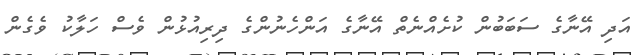
އަދި އޭނާގެ ސަބަބުން ކުށެއްނެތް އޭނާގެ އަންހެނުންގެ ދިރިއުޅުން ވެސް ހަލާކު ވެގެން